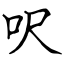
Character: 呎